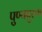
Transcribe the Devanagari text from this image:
पुण्यपुरूष